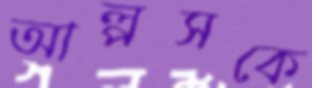
আল্পসকে